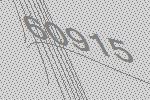
60915